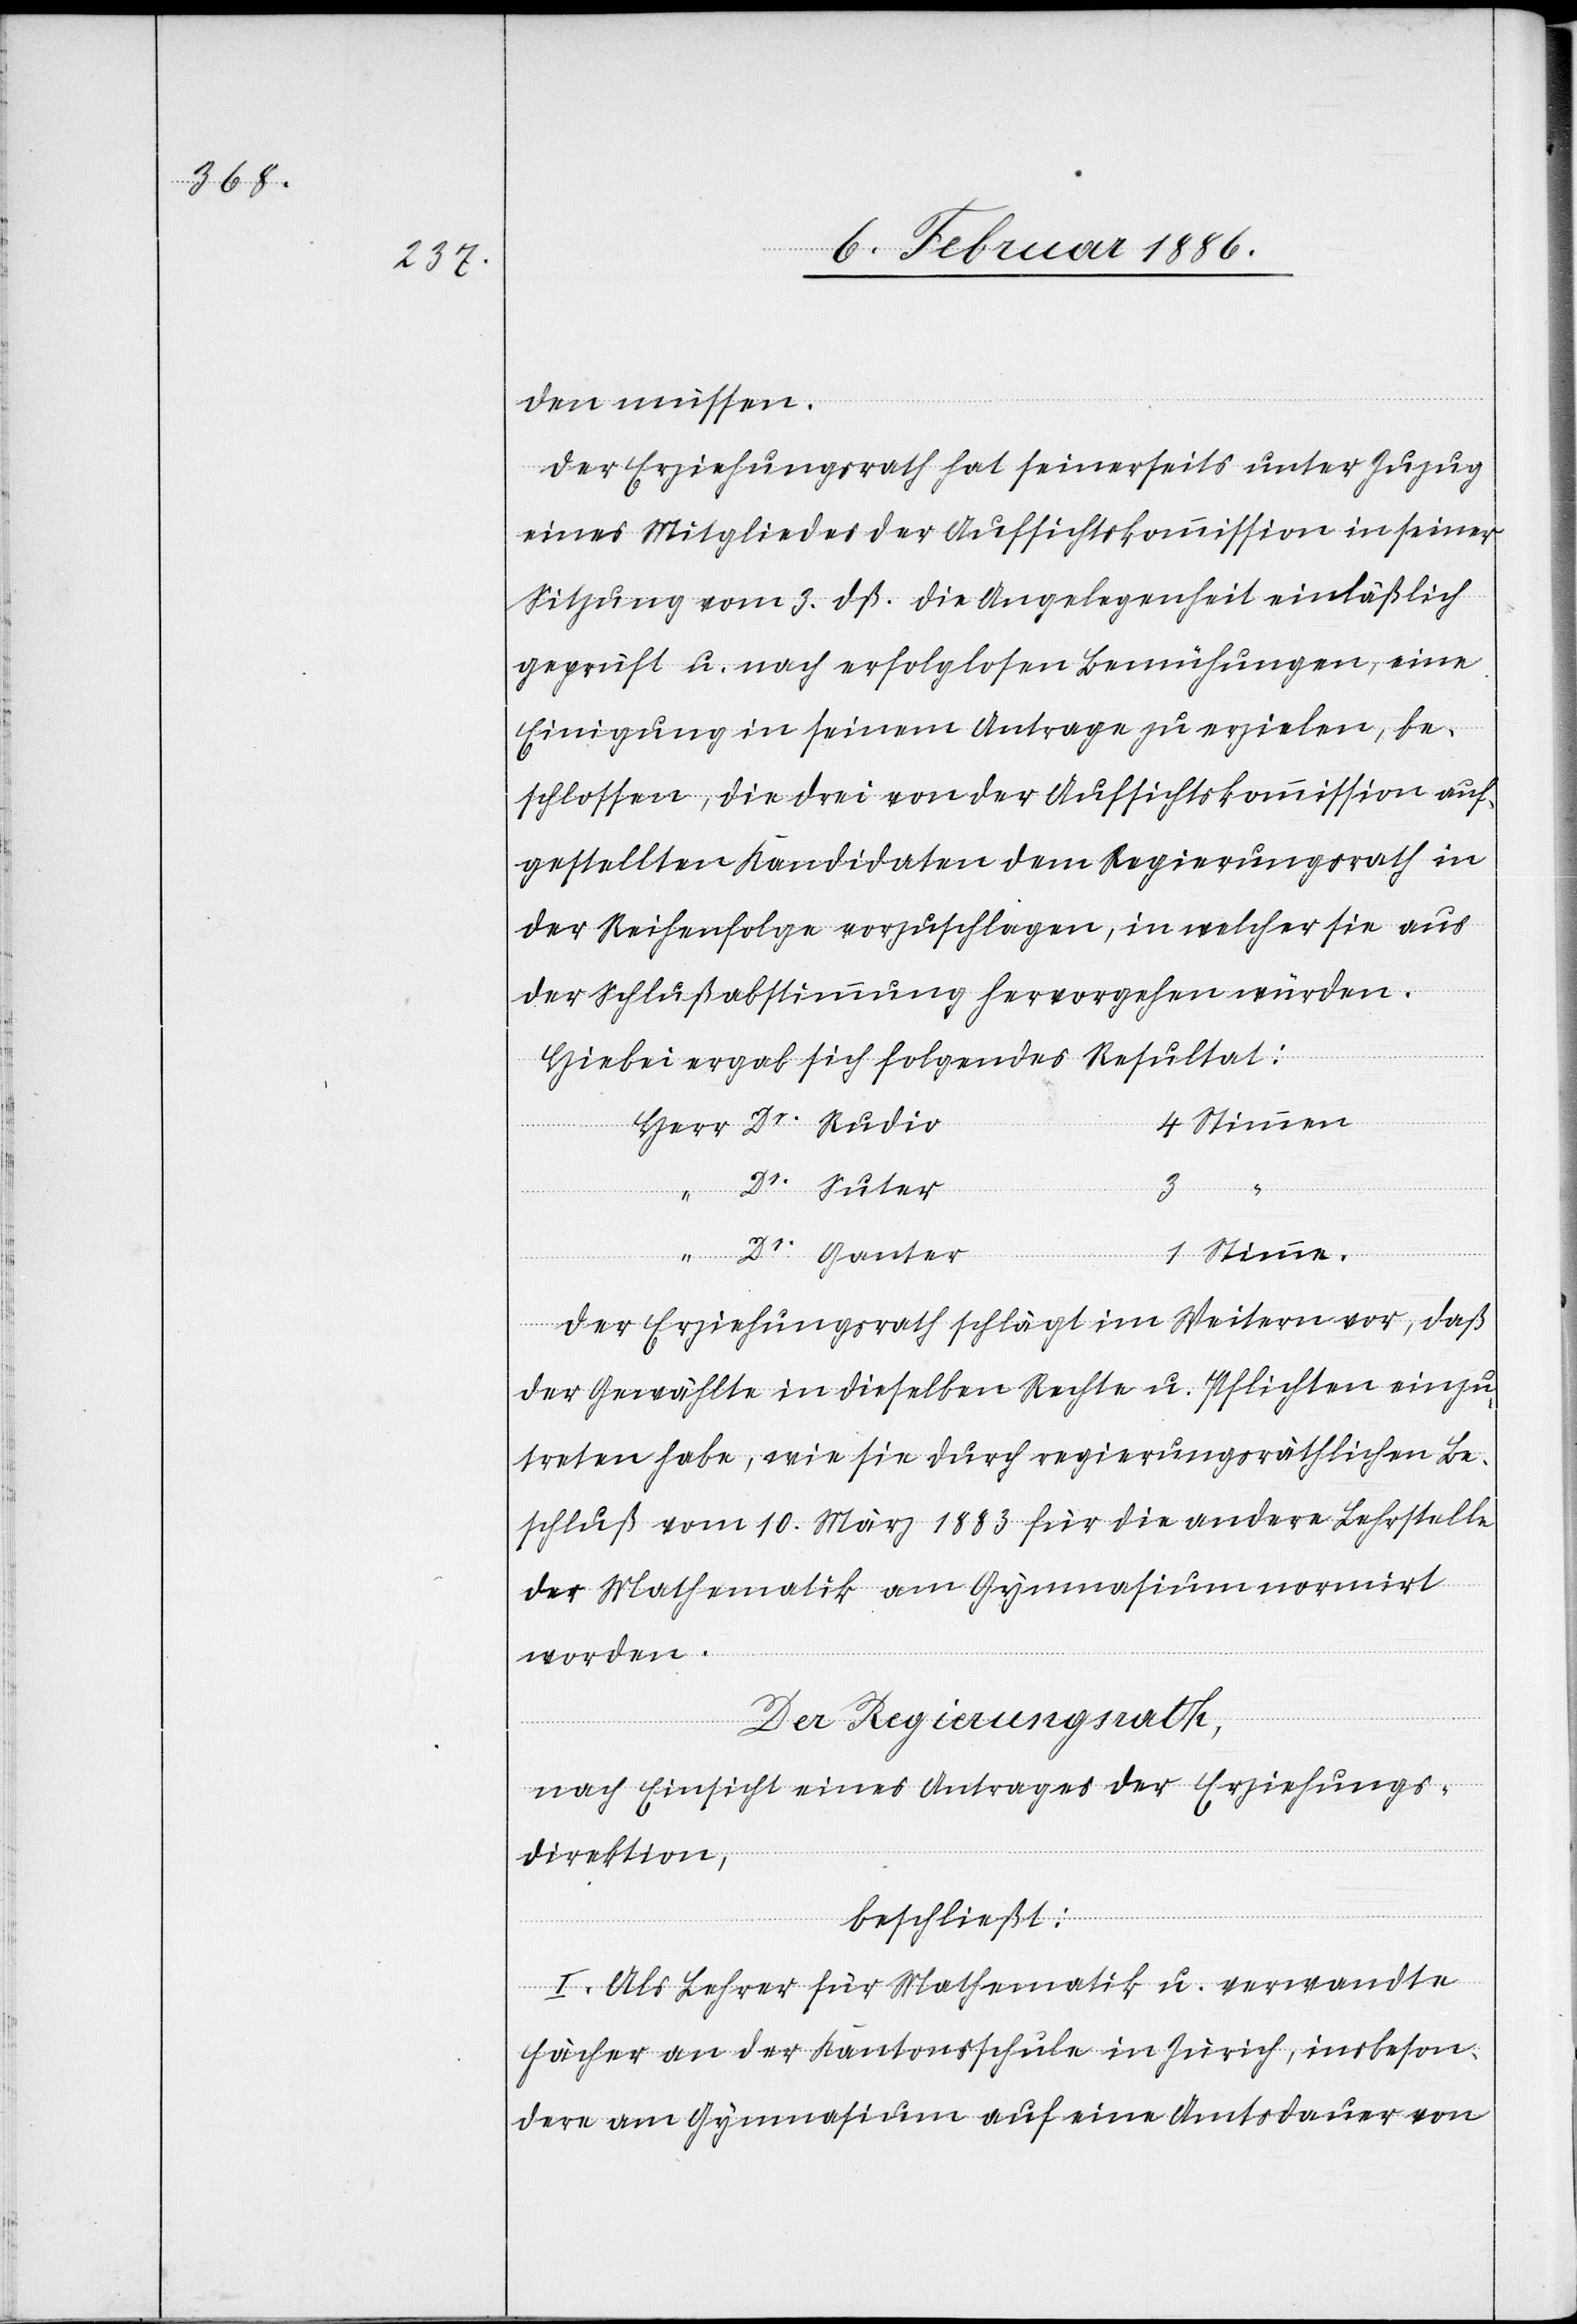
den müssen.
Der Erziehungsrath hat seinerseits unter Zuzug
eines Mitgliedes der Aufsichtskommission in seiner
Sitzung vom 3. dß. die Angelegenheit einläßlich
geprüft u. nach erfolglosen Bemühungen, eine
Einigung in seinem Antrage zu erzielen, be¬
schlossen, die drei von der Aufsichtskommission auf¬
gestellten Kandidaten dem Regierungsrath in
der Reihenfolge vorzuschlagen, in welcher sie aus
der Schlußabstimmung hervorgehen würden.
Hiebei ergab sich folgendes Resultat:
“
Dr.
ter
1
Der Erziehungsrath schlägt im Weitern vor, daß
der gewählte in dieselben Rechte u. Pflichten einzu¬
treten habe, wie sie durch regierungsräthlichen Be¬
schluß vom 10. März 1883 für die andere Lehrstelle
der Mathematik am Gymnasium normirt
worden.
mmen
Der Regierungsrath,
nach Einsicht eines Antrages der Erziehungs¬
direktion,
beschließt:
I. Als Lehrer für Mathematik u. verwandten
Fächer an der Kantonsschule in Zürich, insbeson¬
dere am Gymnasium auf eine Amtsdauer von